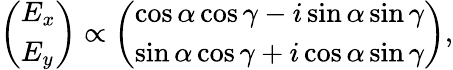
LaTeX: \begin{array}{r}{\left(\begin{array}{l}{E_{x}}\\ {E_{y}}\end{array}\right)\propto\left(\begin{array}{l}{\cos\alpha\cos\gamma-i\sin\alpha\sin\gamma}\\ {\sin\alpha\cos\gamma+i\cos\alpha\sin\gamma}\end{array}\right),}\end{array}